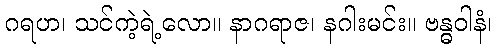
ဂရဟ၊ သင်ကဲ့ရဲ့လော။ နာဂရာဇ၊ နဂါးမင်း။ ဗန္ဓဝါနံ၊